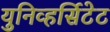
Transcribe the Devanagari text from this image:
युनिव्हर्सिटेट